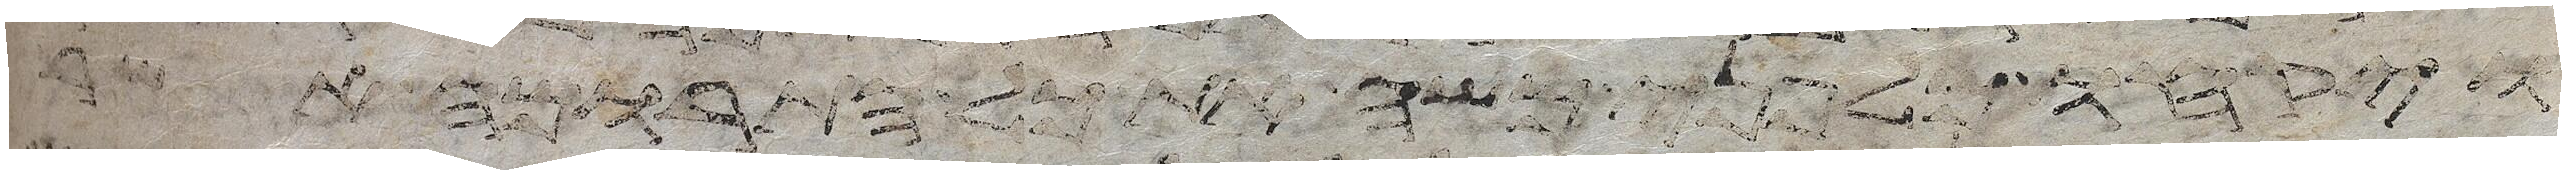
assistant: ויקחו מלפני משה את כל התרומה אשר